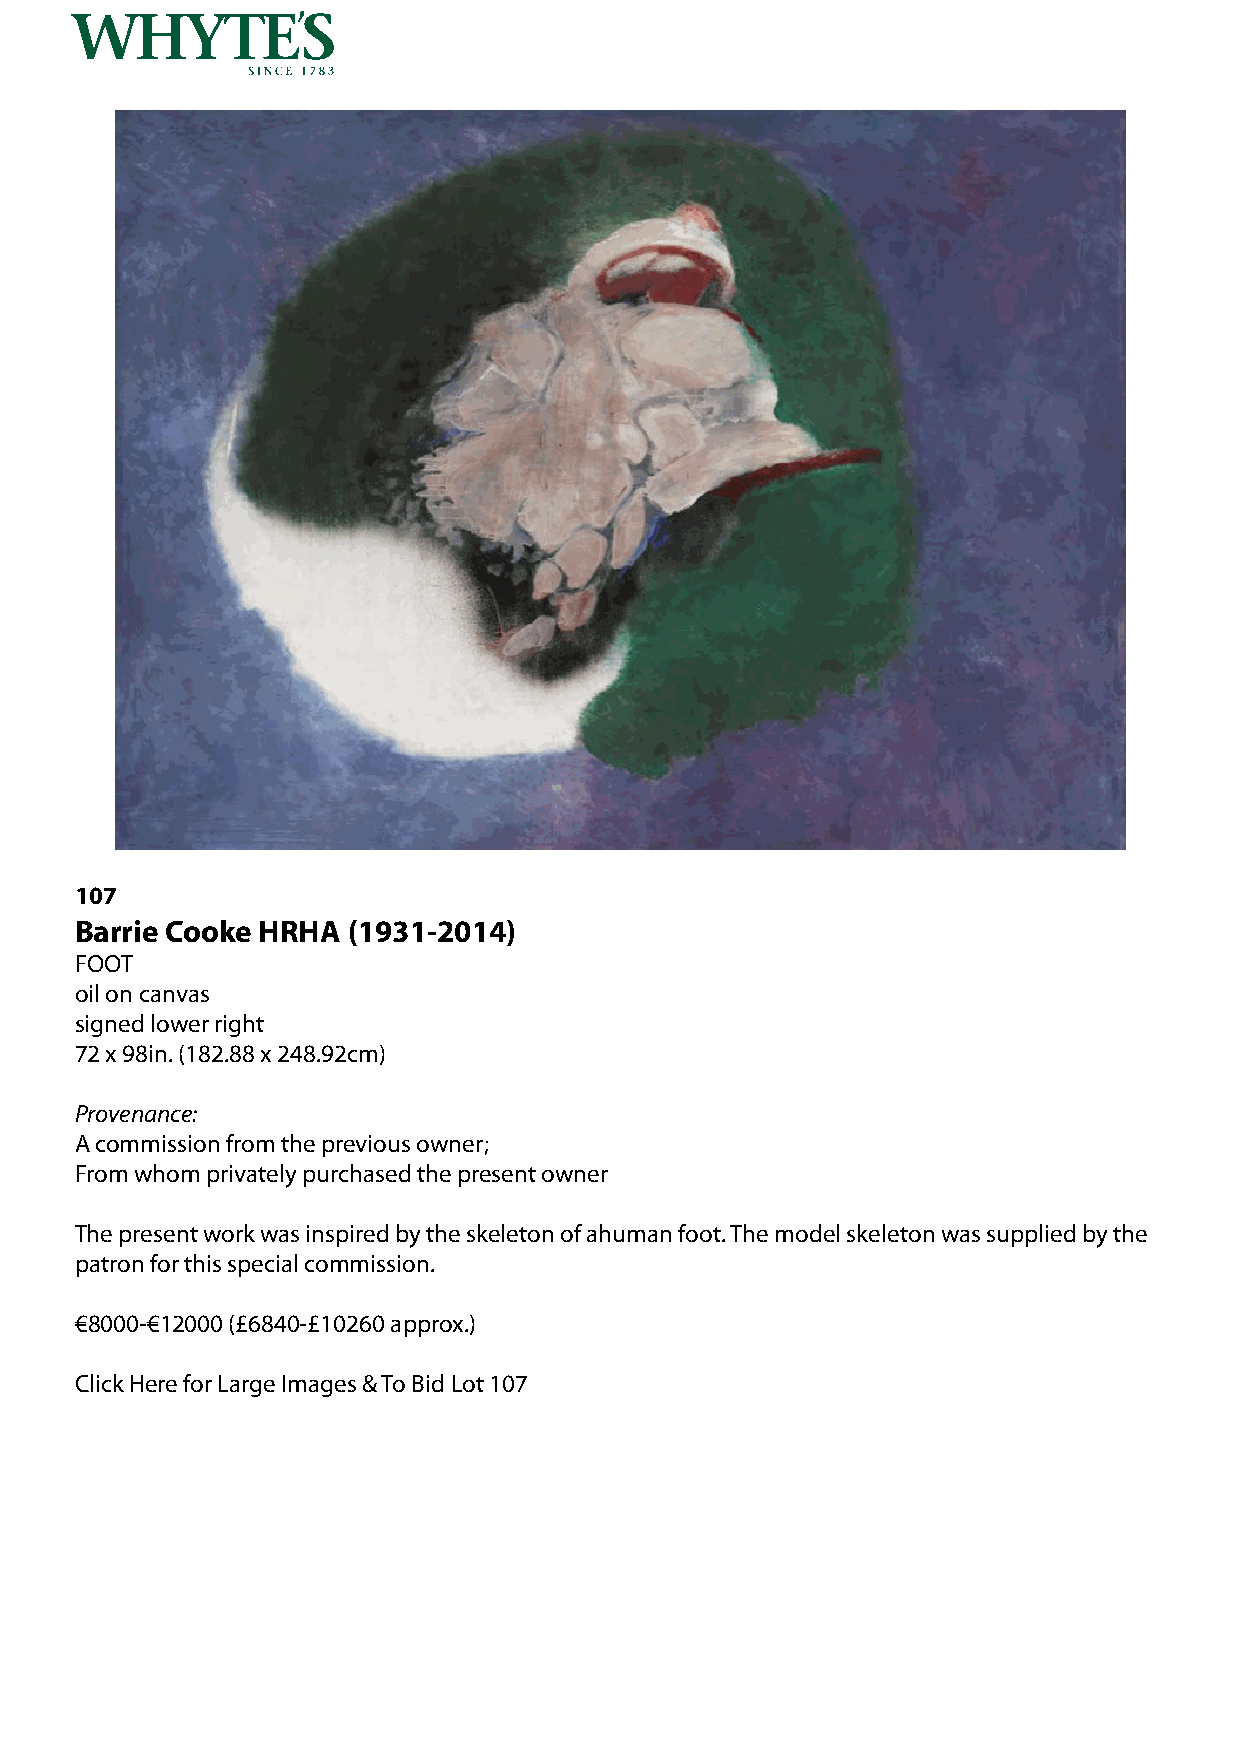
107
 Barrie Cooke HRHA (1931-2014)
 FOOT
 oil on canvas
 signed lower right
 72 x 98in. (182.88 x 248.92cm)
 Provenance:
 A commission from the previous owner;
 From whom privately purchased the present owner
 The present work was inspired by the skeleton of ahuman foot. The model skeleton was supplied by the
 patron for this special commission.
 €8000-€12000 (£6840-£10260 approx.)
 Click Here for Large Images & To Bid Lot 107